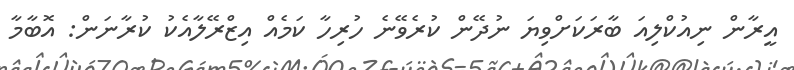
އީރާން ނިއުކްލިއަ ބާރަކަށްވިޔަ ނުދޭން ކުރެވޭނެ ހުރިހާ ކަމެއް އިޒްރޭލާއެކު ކުރާނަން: އޮބާމާ